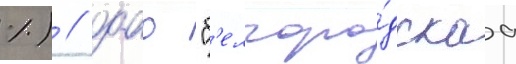
%) / оао "б'елгоро́дскаа